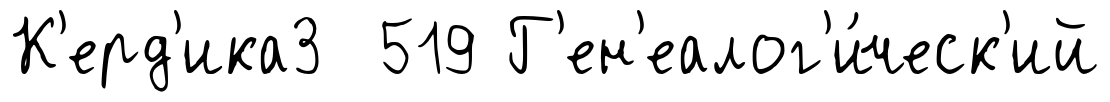
К'ерд'ика3 519 Г'ен'еалог'и́ческ'ий